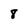
Character: 8